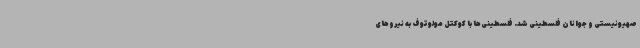
صهیونیستی و جوانان فلسطینی شد. فلسطینی‌ها با کوکتل مولوتوف به نیروهای